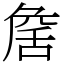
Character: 𦧕